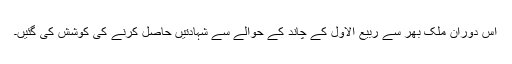
اس دوران ملک بھر سے ربیع الاول کے چاند کے حوالے سے شہادتیں حاصل کرنے کی کوشش کی گئیں۔